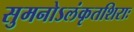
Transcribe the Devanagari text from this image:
सुमनोऽलंकृतशिराः